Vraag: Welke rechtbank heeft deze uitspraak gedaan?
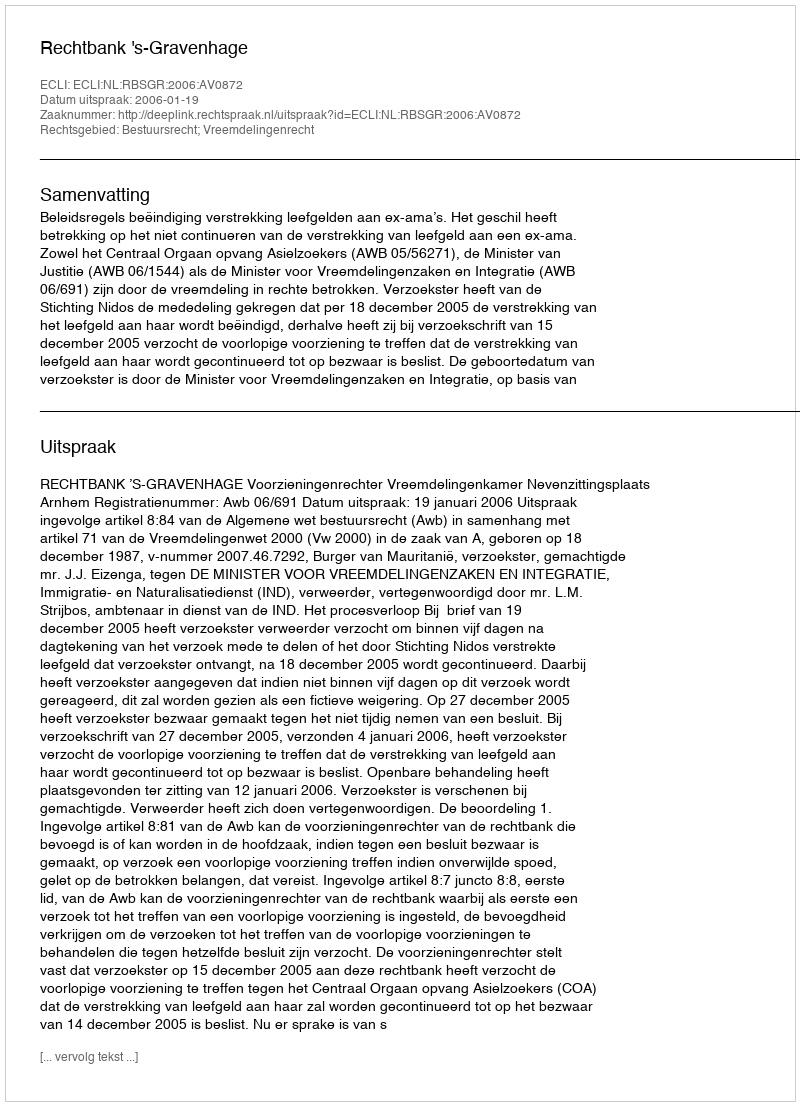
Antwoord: Rechtbank 's-Gravenhage